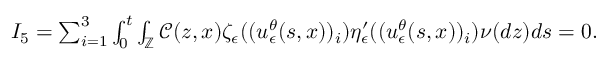
\begin{array} { r } { I _ { 5 } = \sum _ { i = 1 } ^ { 3 } \int _ { 0 } ^ { t } \int _ { \mathbb { Z } } \mathcal { C } ( z , x ) \zeta _ { \epsilon } ( ( u _ { \epsilon } ^ { \theta } ( s , x ) ) _ { i } ) \eta _ { \epsilon } ^ { \prime } ( ( u _ { \epsilon } ^ { \theta } ( s , x ) ) _ { i } ) \nu ( d z ) d s = 0 . } \end{array}